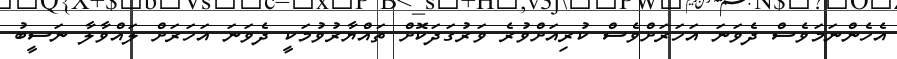
އެހެންނަމަވެސް ދެވަނަ އަހަރަށްވެސް ކުރިއަށްވުރެ ވަރުގަދަކޮށް ތައްޔާރުވުމަކީ ދެވަނަ އަހަރަށް ލައްވާލާ ނަސީބު